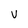
Character: v